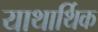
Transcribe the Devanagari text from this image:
याथार्थिक